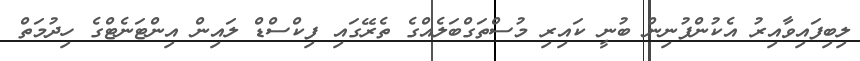
ލިބިފައިވާއިރު އެކުންފުނިން ބުނީ ކައިރި މުސްތަގްބަލެއްގެ ތެރޭގައި ފިކްސްޑް ލައިން އިންޓަނެޓްގެ ހިދުމަތް